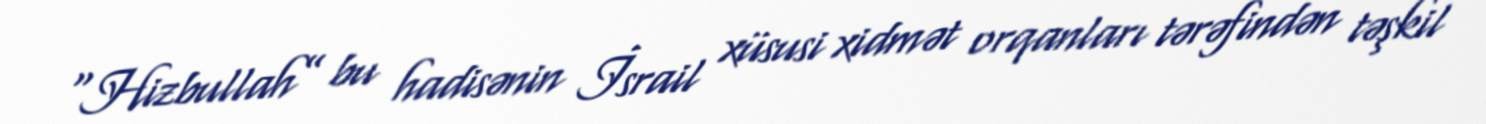
“Hizbullah” bu hadisənin İsrail xüsusi xidmət orqanları tərəfindən təşkil